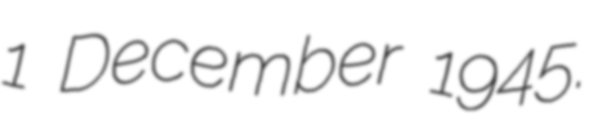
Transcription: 1 December 1945.